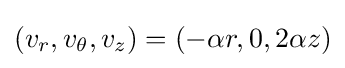
(v_{r},v_{\theta },v_{z})=(-\alpha r,0,2\alpha z)